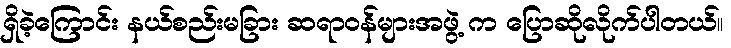
ရှိခဲ့ကြောင်း နယ်စည်းမခြား ဆရာဝန်များအဖွဲ့ က ပြောဆိုလိုက်ပါတယ်။